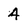
Character: 4